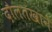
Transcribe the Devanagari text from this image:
दौलतखाने